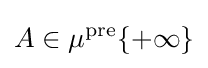
A\in \mu ^{\text{pre}}\{+\infty \}